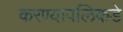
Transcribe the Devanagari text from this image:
करण्यापलिकडे